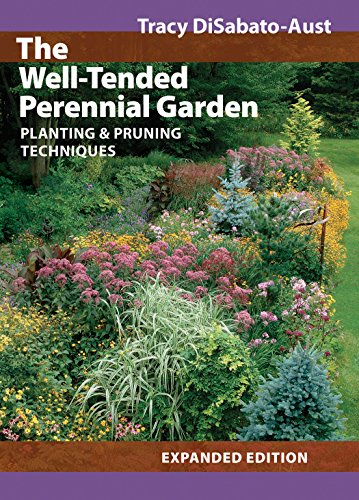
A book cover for The Well-Tended Perennial Garden: Planting and Pruning Techniques; Tracy DiSabato-Aust; Crafts, Hobbies & Home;